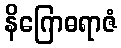
နိဂြောဓရာဇံ